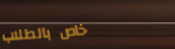
خاص بالطلاب